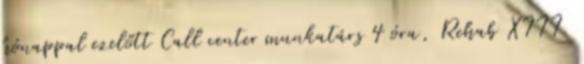
hónappal ezelőtt Call center munkatárs 4 óra, Rehab XIII.